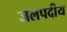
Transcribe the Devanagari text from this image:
जलपदीय